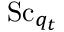
\mathrm { S c } _ { q _ { t } }